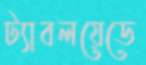
ট্যাবলয়েডে